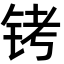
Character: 铐